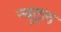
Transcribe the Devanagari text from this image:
न्युट्रल